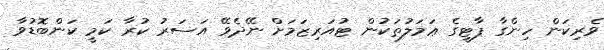
ވެރިކަން ހިންގާ ޕާޓީގެ ޢަމަލުތަކުން ޓުއަރިޒަމަށް ނޭދެވޭ އަސަރު ކުރާ ކަމީ ކަންބޮޑުވާ